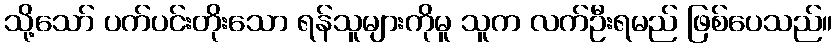
သို့သော် ပက်ပင်းတိုးသော ရန်သူများကိုမူ သူက လက်ဦးရမည် ဖြစ်ပေသည်။